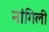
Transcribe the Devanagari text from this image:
नांगिली